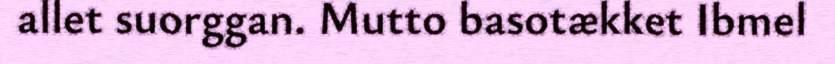
allet suorggan. Mutto basotækket Ibmel